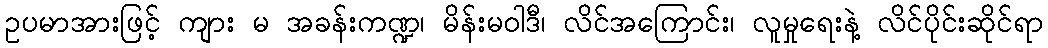
ဥပမာအားဖြင့် ကျား မ အခန်းကဏ္ဍ၊ မိန်းမဝါဒီ၊ လိင်အကြောင်း၊ လူမှုရေးနဲ့ လိင်ပိုင်းဆိုင်ရာ